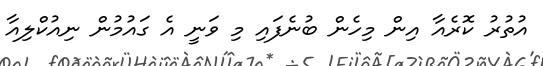
އުތުރު ކޮރެއާ އިން މިހެން ބުނެފައި މި ވަނީ އެ ގައުމުން ނިއުކްލިއާ